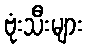
ဗုံးသီးများ